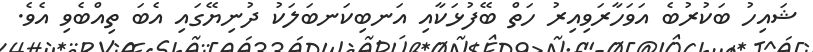
ޝައިހު ބަކުރުބެ އަވަހާރަވިއިރު ހަތް ބޭފުޅަކާއި އަނބިކަނބަލަކު ދުނިޔޭގައި އެބަ ތިއްބެވި އެވެ.